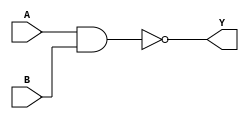
module timing_control_sync_with_nand #(
  parameter delay = 10 // Set the desired propagation delay for the NAND gate
)(
  input wire A, // Input signal A
  input wire B, // Input signal B
  output reg Y // Output signal Y
);

  // Delay introduced by the NAND gate
  always @(*) begin
    #delay Y = ~(A & B); // NAND gate delay calculation
  end

endmodule